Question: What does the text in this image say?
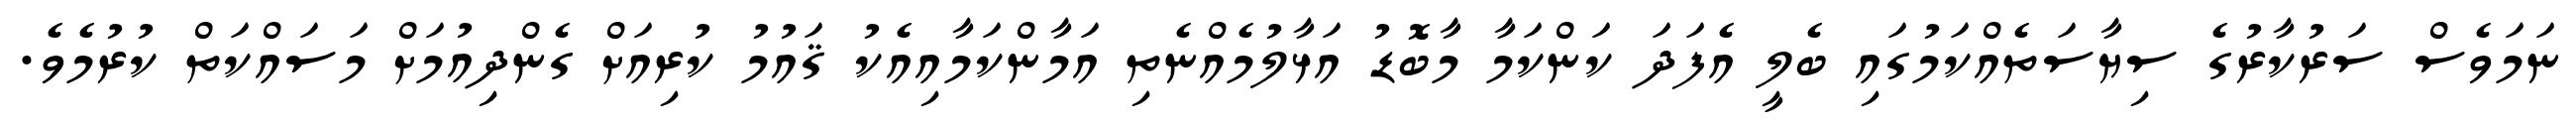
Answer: ނަމަވެސް ސަރުކާރުގެ ސިޔާސަތެއްކަމުގައި ބެލީ އެފަދަ ކަންކަމާ މާބޮޑު އަޅާލުމެއްނެތި އަމާންކަމާއިއެކު ޤައުމު ކުރިއަށް ގެންދިއުމަށް މަސައްކަތް ކުރުމެވެ.